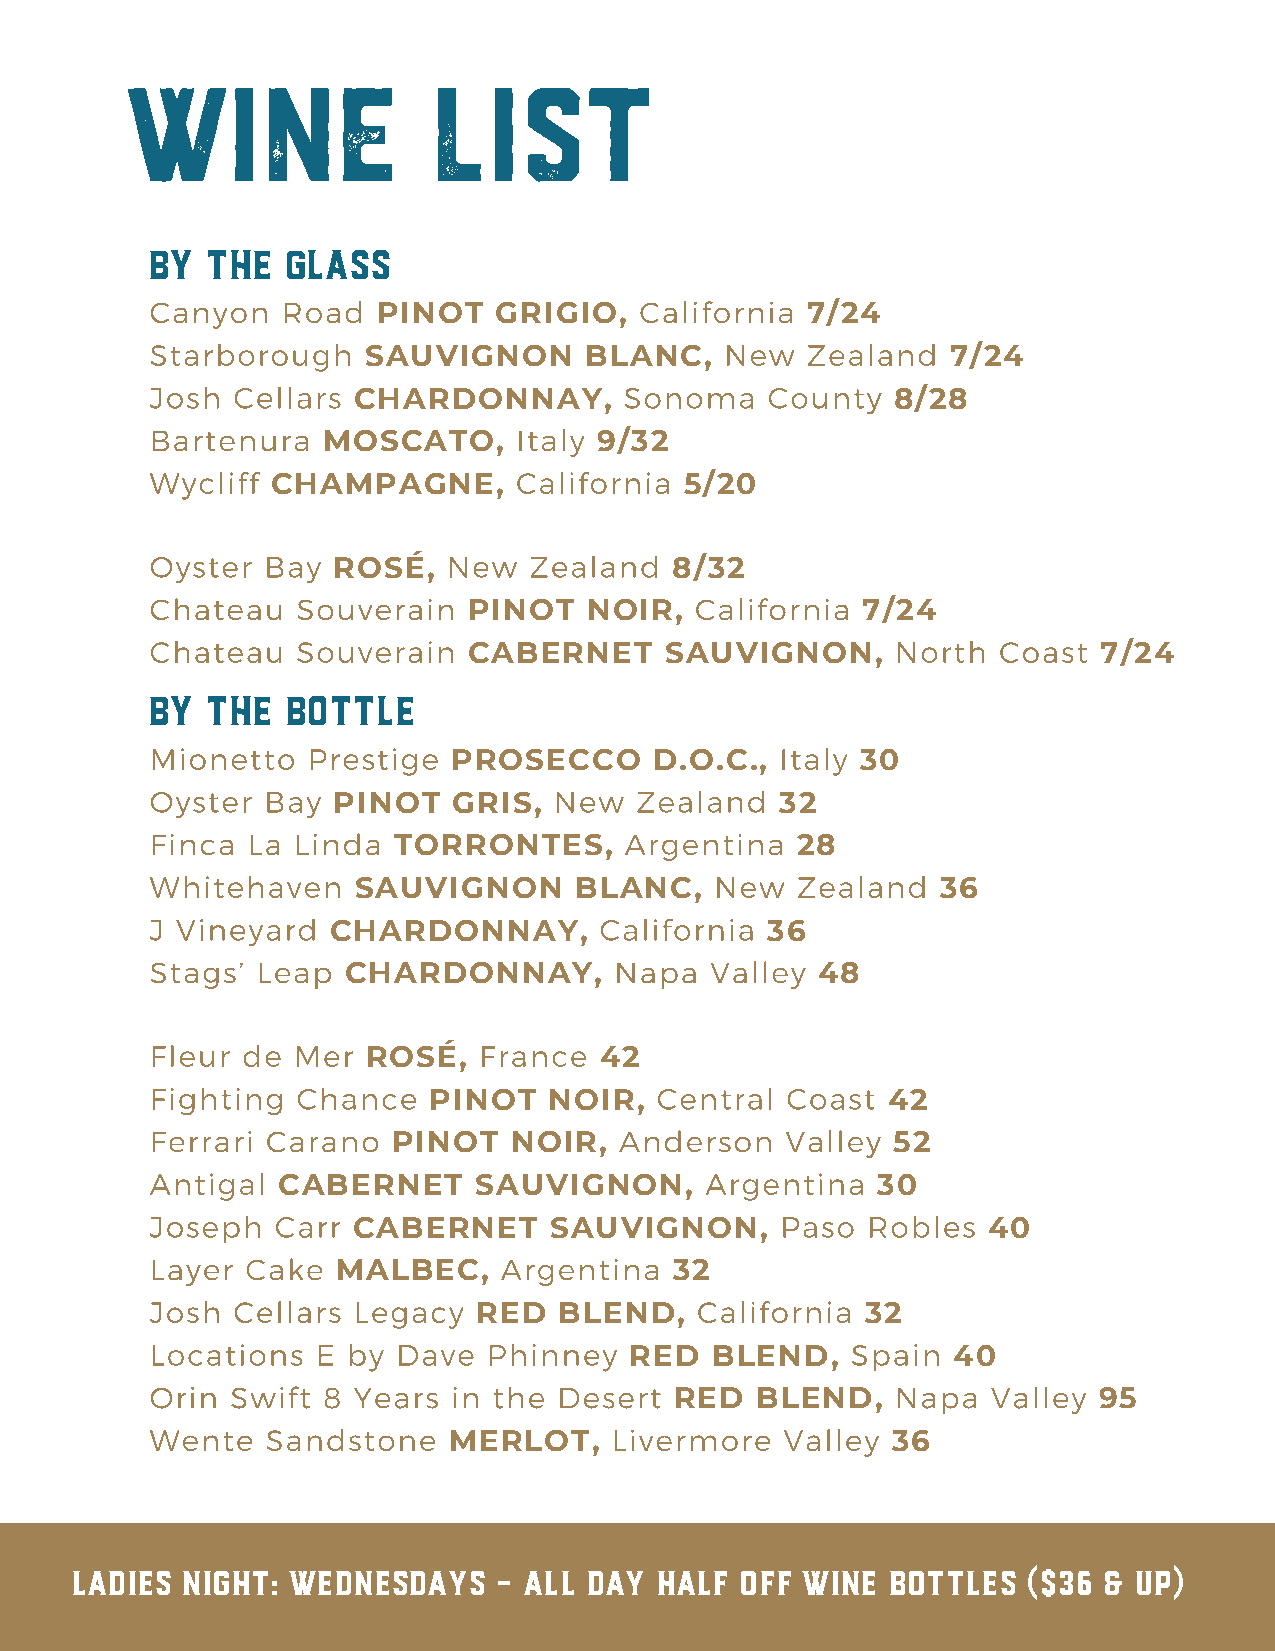
WINE                 LIST
 BY  THE  GLASS
 Canyon   Road                   California
 PINOT   GRIGIO,             7/24
 Starborough                           New  Zealand
 SAUVIGNON      BLANC,                  7/24
 Josh Cellars                   Sonoma    County
 CHARDONNAY,                         8/28
 Bartenura               Italy
 MOSCATO,           9/32
 Wycliff                 California
 CHAMPAGNE,                 5/20
 Oyster Bay          New  Zealand
 ROSÉ,                  8/32
 Chateau   Souverain                 California
 PINOT   NOIR,             7/24
 Chateau   Souverain                              North  Coast
 CABERNET     SAUVIGNON,                   7/24
 BY  THE  BOTTLE
 Mionetto  Prestige                        Italy
 PROSECCO     D.O.C.,       30
 Oyster Bay                 New  Zealand
 PINOT   GRIS,                 32
 Finca La Linda                 Argentina
 TORRONTES,                 28
 Whitehaven                           New   Zealand
 SAUVIGNON      BLANC,                  36
 J Vineyard                    California
 CHARDONNAY,                  36
 Stags’ Leap                    Napa  Valley
 CHARDONNAY,                    48
 Fleur de Mer          France
 ROSÉ,           42
 Fighting  Chance                 Central  Coast
 PINOT   NOIR,                  42
 Ferrari Carano                 Anderson   Valley
 PINOT   NOIR,                    52
 Antigal                              Argentina
 CABERNET     SAUVIGNON,                 30
 Joseph  Carr                              Paso Robles
 CABERNET     SAUVIGNON,                   40
 Layer Cake             Argentina
 MALBEC,                32
 Josh Cellars Legacy                 California
 RED  BLEND,              32
 Locations  E by Dave  Phinney                 Spain
 RED  BLEND,          40
 Orin Swift 8 Years  in the Desert                Napa   Valley
 RED  BLEND,                 95
 Wente   Sandstone             Livermore   Valley
 MERLOT,                      36
 LADIES NIGHT: WEDNESDAYS    – ALL DAY  HALF OFF WINE  BOTTLES  ($36 & UP)